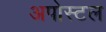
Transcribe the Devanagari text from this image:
अपोस्टल